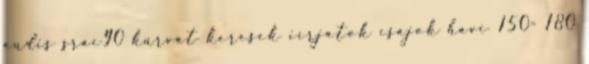
audis srác90 kurvát keresek iírjatok csajok havi 150- 180